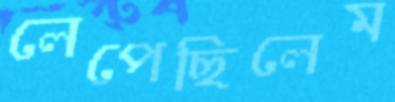
লেপেছিলেম